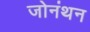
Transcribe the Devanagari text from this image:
जोनंथन